Report on lock hospitals in British Burma
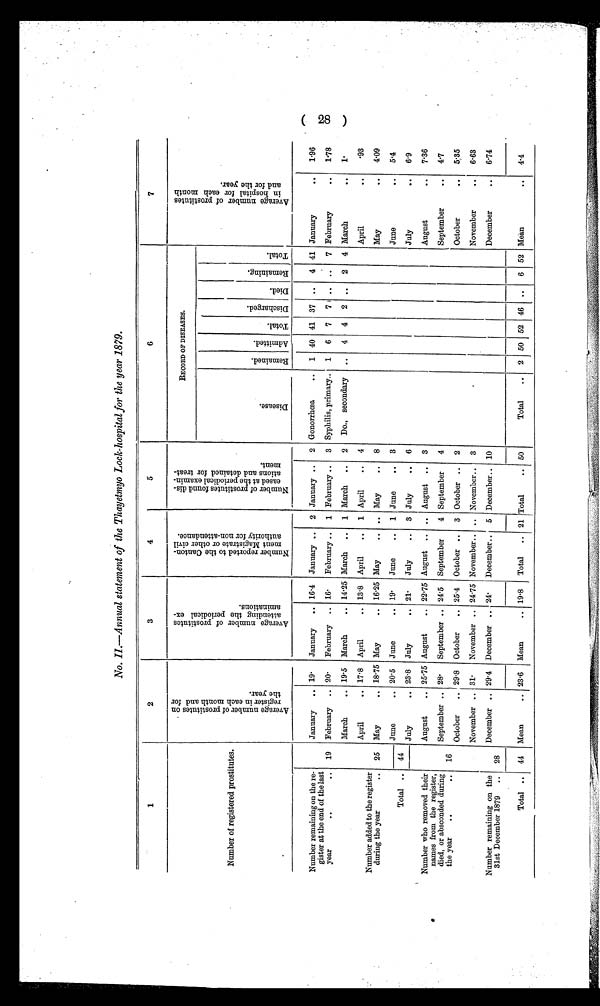
No. II.—Annual statement of the Thayetmyo Lock-hospital for the year 1879.
1
2
3
4
5
6
7
Number of registered prostitutes.
A v e r a g e n u m b e r o f p r o s t i t u t e s o n r e g i s t e r i n e a c h m o n t h a n d f o r t h e y e a r .
A v e r a g e n u m b e r o f p r o s t i t u t e s a t t e n d i n g t h e p e r i o d i c a l e x a m i n a t i o n s .
N u m b e r o f r e p o r t e d t o t h e C a n t o n m e n t M a g i s t r a t e o r o t h e r c i v i l a u t h o r i t y f o r n o n - a t t e n d a n c e .
N u m b e r o f p r o s t i t u t e s f o u n d d i s e a s e d a t t h e p e r i o d i c a l e x a m i n a t i o n s a n d d e t a i n e d f o r t r e a t m e n t .
R E C O R D O F D I S E A S E S .
A v e r a g e n u m b e r o f p r o s t i t u t e s i n h o s p i t a l f o r e a c h m o n t h a n d f o r t h e y e a r .
D i s e a s e .
Re ma i n e d . Admi t t ed.
Tot al .
Di s c h a r g e d .
D i e d .
Re ma i ni ng.
T o t a l .
Number remaining on the re
gister at the end of the last
year
. .
. . 19
January
19.
January
16.4 January
2 January
2 Gonorrhœa
.. 1 40 41 37 .. 4 41 January
..
1.96
February
20. February
16.
February
1 February
3 Syphilis, primary.. 1 6 7 7 .. .. 7 February
. . 1.78
March
19.5 March
14.25 March
1 March
2 Do., secondary .. 4 4 2 .. 2 4 March
..
1.
April
17.8 April
13.8 April
1 April
4
April
..
.93
Number added to the register
during the year
..
Total ..
25 May
18.75 May
16.25 May
.. May
8
May
..
4.09
June
20.5 June
19.
June
1 June
3
June
..
5.4
44
July
..
6.9
July
23.8 July
21.
July
3 July
6
16
Number who removed their
names from the register,
died, or absconded during
the year
..
..
August
25.75 August
22.75 August
.. August
3
August
..
7.36
September
..
4.7
September
28.
September
24.5 September
4 September
4
October
..
5.35
October
29.8 October
25.4 October
3 October
2
Number remaining on the
31st December 1879 .. 28
November
31.
November
24.75 November
.. November
3
November
..
6.63
December
29.4 December
24. December
5 December
10
December
..
6.74
Total .. 44 Mean
.. 23.6 Mean
19.8 Total
21 Total
50
Total
. . 2 50 52 46 .. 6 52 Mean
. . 4.4